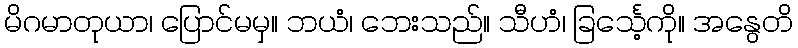
မိဂမာတုယာ၊ ပြောင်မမှ။ ဘယံ၊ ဘေးသည်။ သီဟံ၊ ခြင်္သေ့ကို။ အနွေတိ